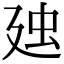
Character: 𧈰